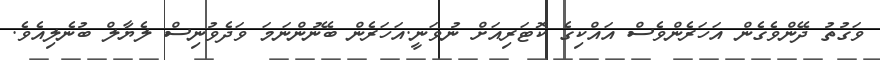
ވަގުތު ދޭންވެގެން އަހަރެންވެސް އައްކިގެ ކޮޓަރިއަށް ނުވަނީ.އަހަރެން ބޭނުންނަމަ ވަދެވުނިސް ލެޔާލް ބުނެލިއެވެ.